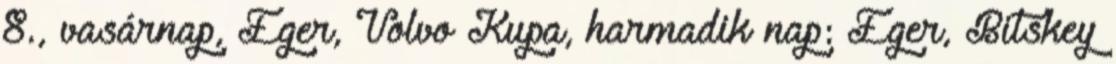
8., vasárnap, Eger, Volvo Kupa, harmadik nap: Eger, Bitskey